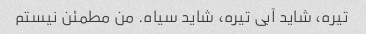
تیره، شاید آبی تیره، شاید سیاه. من مطمئن نیستم